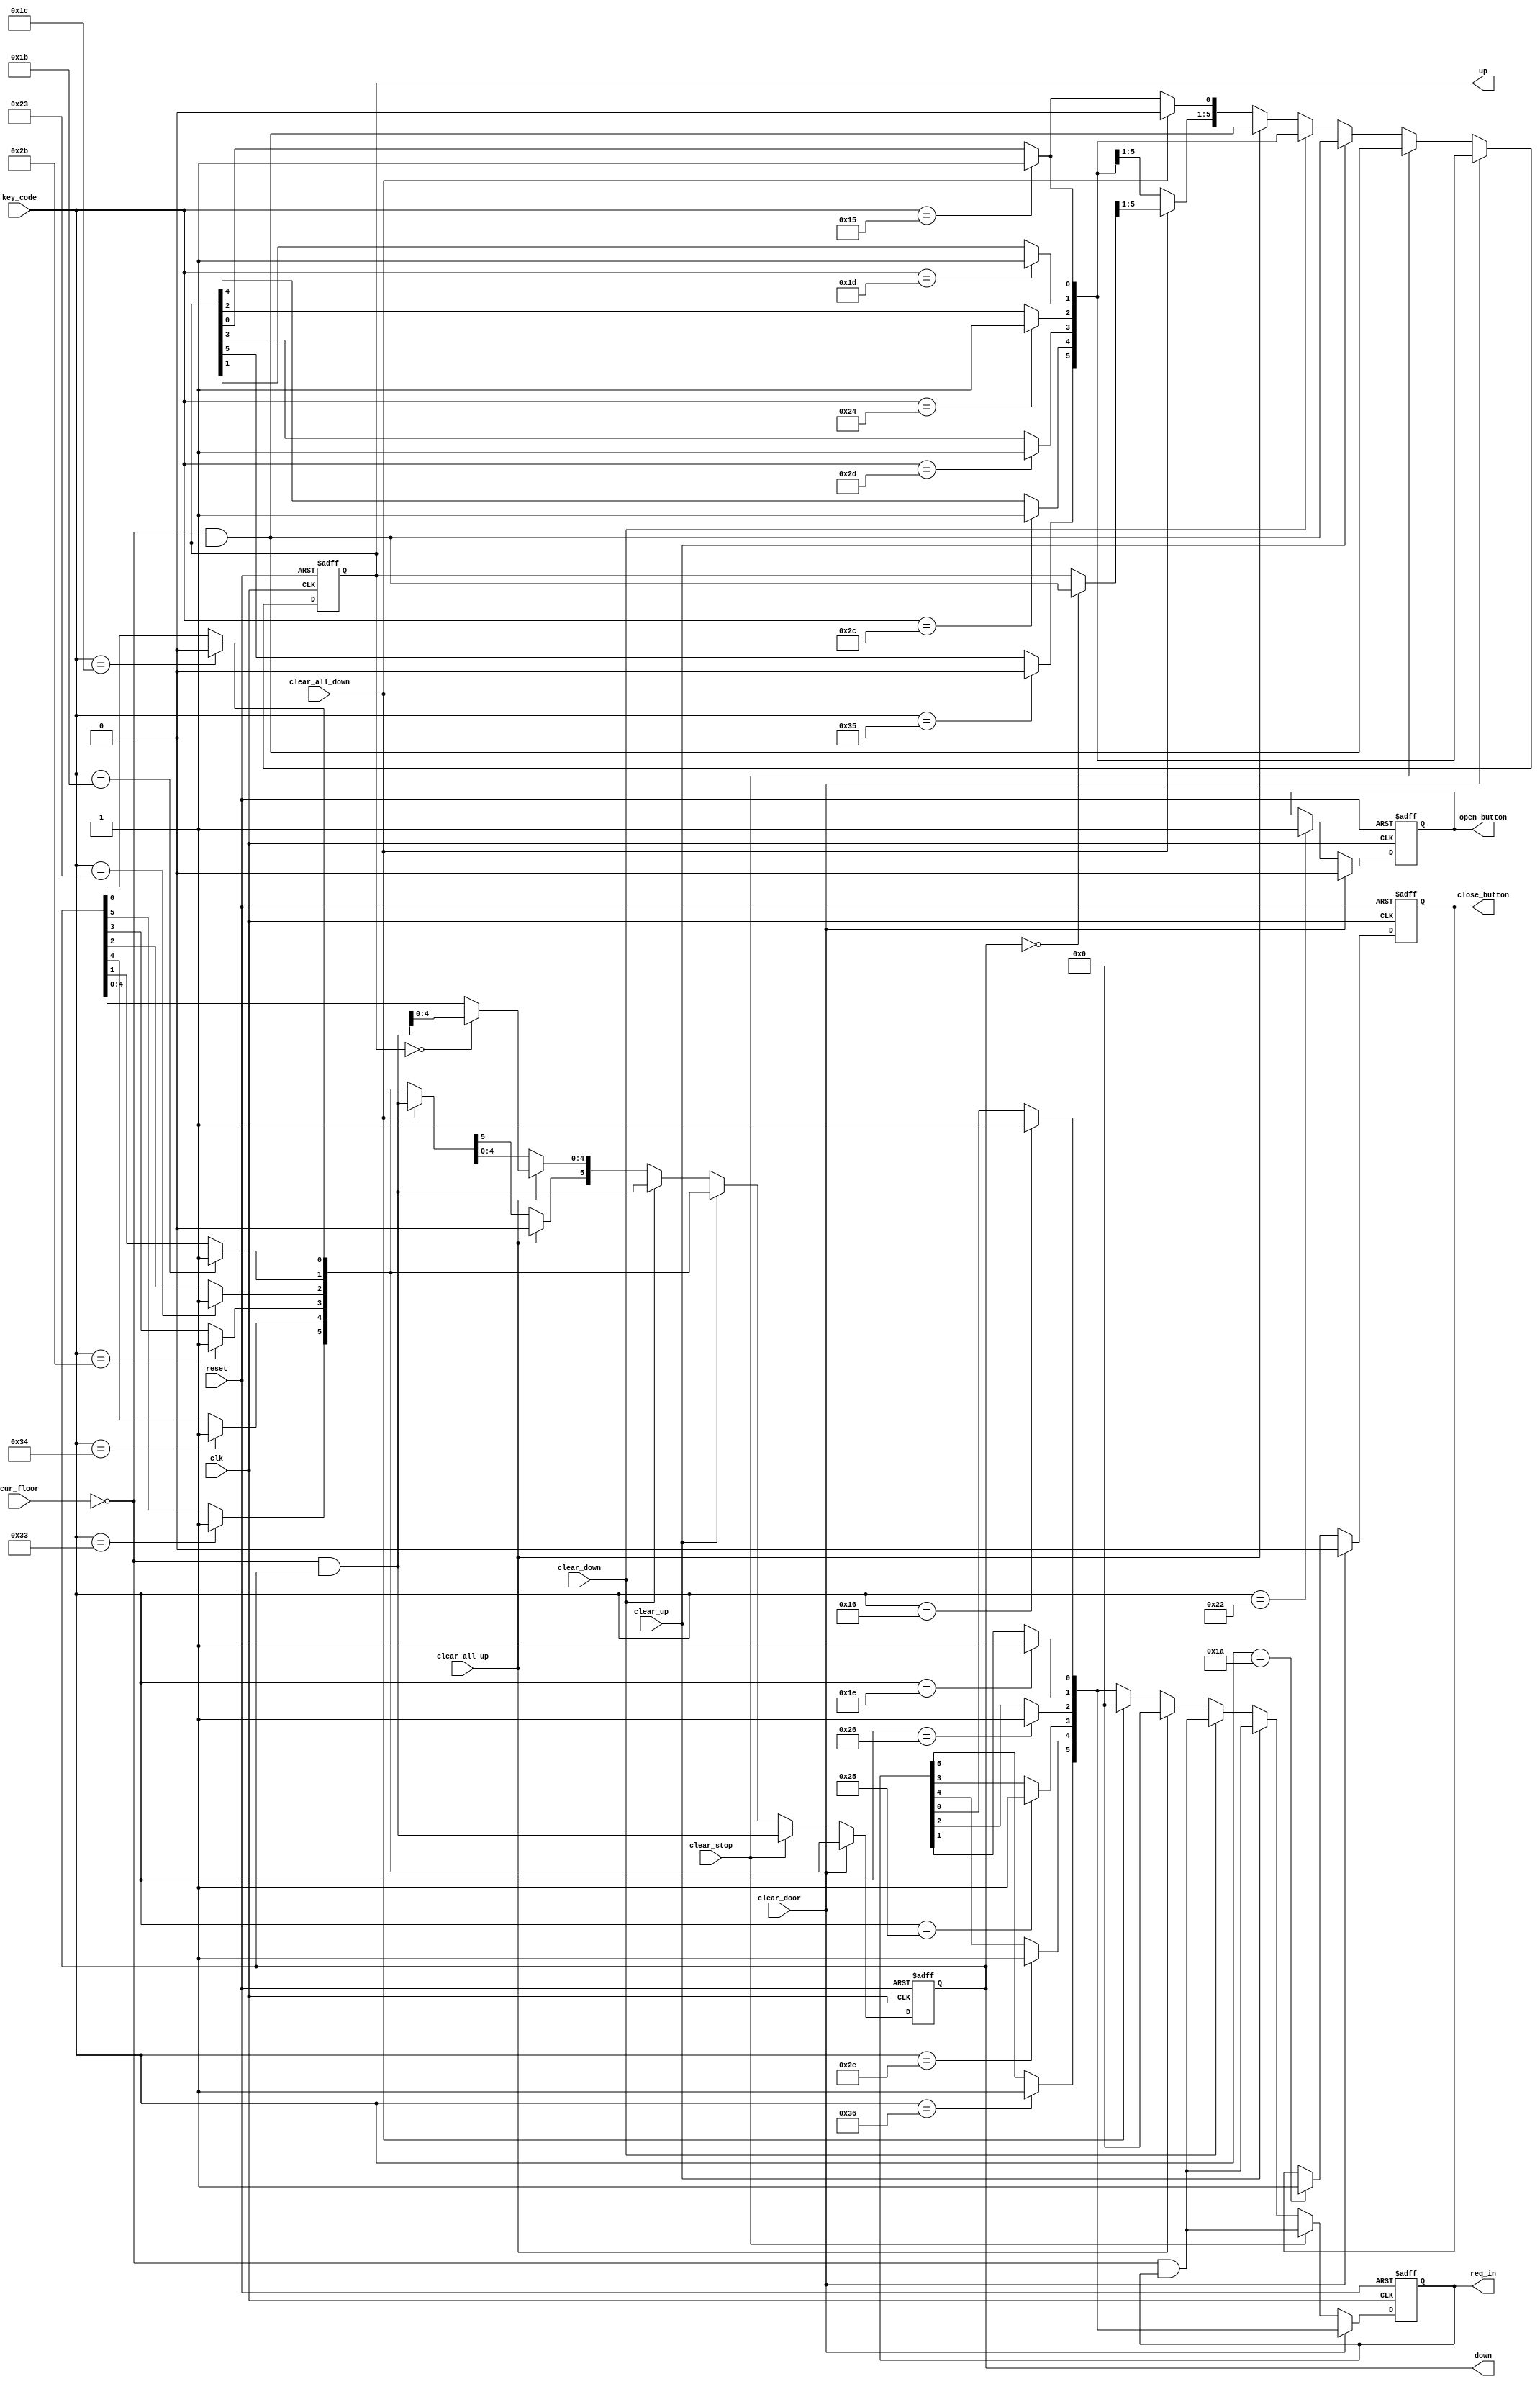
module updaterequest
#(parameter n =6)// so tang cau thang may
(// **c bao hieu co sua doi
	input [7:0] key_code,
	input [5:0] cur_floor,//**c
	input clk, reset, 
	input clear_down, clear_up, clear_all_down, clear_all_up, clear_door, clear_stop,// xoa cac hieu cau hien tai, chieu xuong, len, thap nhat, cao nhat, tin hieu mo cua, tin hieu dong cua
	output reg [5:0] up, down, req_in,//**c
	output reg close_button, open_button
);
	reg [5:0] next_up, next_down, next_req_in;
	reg n_close, n_open;
	always @(posedge clk or negedge reset) begin
		if(!reset) begin
			up <= 6'b0;
			down <= 6'b0;
			req_in <= 6'b0;
			close_button <= 1'b0;
			open_button <= 1'b0;
		end
		else begin
			up <= next_up;
			down <= next_down;
			req_in <= next_req_in;
			close_button <= n_close;
			open_button <= n_open;
		end
	end
	
	//always @(key_code or up or down or cur_floor or req_in or clear_down or clear_in_down_req or clear_in_up_req or clear_up)
	always @(*)
	begin
		next_up = up;
		next_down = down;
		next_req_in = req_in;
		n_close = close_button;
		n_open  = open_button;
		case(key_code)
		// yeu cau ben trong
		8'h16 : next_req_in[0] = 1'b1; // 1 
		8'h1E : next_req_in[1] = 1'b1; // 2
		8'h26 : next_req_in[2] = 1'b1; // 3
		8'h25 : next_req_in[3] = 1'b1; // 4
		8'h2E : next_req_in[4] = 1'b1; // 5
		8'h36 : next_req_in[5] = 1'b1; // 6
		
		// yeu cau len ben ngoai
		8'h15 : next_up[0] = 1'b1; // Q
		8'h1D : next_up[1] = 1'b1; // W
		8'h24 : next_up[2] = 1'b1; // E
		8'h2D : next_up[3] = 1'b1; // R
		8'h2C : next_up[4] = 1'b1; // T
		8'h35 : next_up[5] = 1'b0; // Y
		
		// yeu cau xuong ben ngoai
		8'h1C : next_down[0] = 1'b0; // A
		8'h1B : next_down[1] = 1'b1; // S
		8'h23 : next_down[2] = 1'b1; // D
		8'h2B : next_down[3] = 1'b1; // F
		8'h34 : next_down[4] = 1'b1; // G
		8'h33 : next_down[5] = 1'b1; // H
		
		// close, open
		8'h1A : n_close = 1'b1;  // Z
		8'h22 : n_open = 1'b1;   // X
		default: ;
		endcase
		
		if (clear_door) begin
			n_close = 1'b0;
			n_open = 1'b0;
		end
		else if(clear_stop) begin // xoa yeu cau hien tai khi dung
			next_req_in = ((~cur_floor) & req_in);// xoa yeu cau ben trong tai tang do
			next_down = ((~cur_floor) & down);//xoa yeu cau ben ngoai len va xuong tai tang do
			next_up = ((~cur_floor) & up);//
		end
		else if(clear_up) begin // xoa yeu cau hien tai chieu len
				next_req_in = (~cur_floor) & req_in;
				next_up = ~cur_floor & up;
		end
		else if(clear_down) // xoa yeu cau hien tai chieu xuong 
			begin
				next_req_in = (~cur_floor) & req_in;
				next_down = (~cur_floor) & down;
			end
		else if(clear_all_up) begin // xoa yeu cau khi dat yeu cau max
				next_req_in = 6'b0;
				next_up = ~cur_floor & up;// xoa yeu cau tai tang cao nhat va cap nhat yeu cau
				next_down = (up == 0) ? (~cur_floor & down) : down;
				//next_down = (~(cur_floor-1)&up == 0) ? (~cur_floor & down) : down;// ??????
				next_down[5] = 1'b0; // cho tang cao nhat bang khong	
		end
		else if(clear_all_down) begin// xoa yeu cau khi dat yeu cau min
				next_req_in = 6'b0;
				next_down = ~cur_floor & down;
				next_up = (down ==0) ? (~cur_floor & up ) : up;
				//next_up = ((((cur_floor -1) | cur_floor) & down) == 0) ? (~cur_floor & up) : up;
				next_up[0] = 1'b0;
		end
	end
endmodule














module updaterequest_testbench();
		reg [7:0]key_code;
		reg [5:0]cur_floor;
		reg clk, reset;
		reg clear_down, clear_up, clear_all_down, clear_all_up, clear_door, clear_stop;
		wire [5:0] up, down, req_in;
		wire close_button, open_button;
reg [4:0] tmp;	
reg [2:0] test;
updaterequest topUR(key_code, cur_floor, clk, reset,clear_down, clear_up, clear_all_down, clear_all_up, clear_door, clear_stop, up, down, req_in, close_button, open_button);
initial
begin
	reset = 0 ; clk = 0;
	#51 reset = 1;
repeat(100)	
begin
	#50 clk = ~clk ; tmp =$random ;test = $random; 
	if((test == 3'd0) || (test == 3'd7)) begin 		 end
	if(test == 3'd1) begin clear_up = 0;clear_down = 1;clear_all_up = 0;clear_all_down = 0;clear_door = 0;clear_stop = 0;cur_floor = 6'b000010; end
		if(test == 3'd2 ) begin clear_up = 0;clear_down = 0;clear_all_up = 1;clear_all_down= 0;clear_door = 0;clear_stop = 0;cur_floor = 6'b000100; end
	if(test == 3'd3) begin clear_up = 0;clear_down = 0;clear_all_up = 0;clear_all_down = 1;clear_door = 0;clear_stop = 0;cur_floor = 6'b001000;end
	if((test == 3'd5) || (test == 3'd6)) begin clear_up = 0;clear_down = 0;clear_all_up= 0;clear_all_down = 0;clear_door = 1;clear_stop = 0;cur_floor = 6'b010000; end
	if(test == 3'd4) begin clear_up = 0;clear_down = 0;clear_all_up = 0;clear_all_down = 0;clear_door = 0;clear_stop = 1;cur_floor = 6'b100000;end
	if((tmp == 0) || (tmp == 5'd1)) key_code = 8'h16;
	
	if((tmp == 0) || (tmp == 5'd1)) key_code = 8'h16;
	if((tmp == 5'd2) || (tmp == 5'd3)) key_code = 8'h1E;
	if((tmp == 5'd4) || (tmp == 5'd3)) key_code = 8'h26;
	if((tmp == 5'b00000) || (tmp == 5'd5)) key_code = 8'h25;
	if((tmp == 5'd6) || (tmp == 5'd7)) key_code = 8'h2E;
	if((tmp == 5'd7) || (tmp == 5'd7)) key_code = 8'h36;
	if((tmp == 5'b00000) || (tmp == 5'd8)) key_code = 8'h15;
	if((tmp == 5'd9) ||(tmp == 5'd29))key_code = 8'h1D;
	if((tmp == 5'd10) || (tmp == 5'd11)) key_code = 8'h24;
	if((tmp == 5'd12) || (tmp == 5'd13)) key_code = 8'h2D;
	if((tmp == 5'd14) || (tmp == 5'd15)) key_code = 8'h2C;
	if((tmp == 5'd16) || (tmp == 5'd28))key_code = 8'h35;
	if(tmp == 5'd17) key_code = 8'h1C;
	if((tmp == 5'd18) || (tmp == 5'd19)) key_code = 8'h1B;
	if((tmp == 5'd20) || (tmp == 5'd21)) key_code = 8'h23;
	if((tmp == 5'd22) || (tmp == 5'd23)) key_code = 8'h2B;
	if((tmp == 5'd24) || (tmp == 5'd25)) key_code = 8'h34;
	if((tmp == 5'd26) || (tmp == 5'd27)) key_code = 8'h33;
	if(tmp == 5'd30) key_code = 8'h1A;
	if(tmp == 5'd31)  key_code = 8'h22;
end	
end

always@(key_code or up or down or cur_floor or req_in or clear_down or clear_all_up or clear_all_down or clear_up)
begin
	$display("clear_up = %b, clear_down = %b, clear_all_up = %b, clear_all_down = %b,clear_door = %b, clear_stop = %b",clear_up,clear_down,clear_all_up,clear_all_down,clear_door,clear_stop);
	$display("cur_floor = %b",cur_floor);
	$display("Key = %h",key_code);
	$display("req_in = %b",req_in);
	$display("up     = %b",up);
	$display("down   = %b",down);
	$display("close  = %b , open = %b",close_button,open_button);
end
endmodule